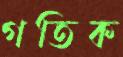
গতিক